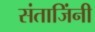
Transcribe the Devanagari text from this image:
संताजिंनी